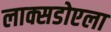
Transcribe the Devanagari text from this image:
लाक्सडोएला